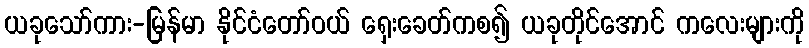
ယခုသော်ကား-မြန်မာ နိုင်ငံတော်ဝယ် ရှေးခေတ်ကစ၍ ယခုတိုင်အောင် ကလေးများကို